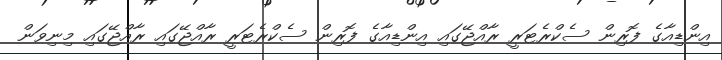
އިންޑިއާގެ ފޮރިން ސެކްރެޓަރީ ރާއްޖޭގައި އިންޑިއާގެ ފޮރިން ސެކްރެޓަރީ ރާއްޖޭގައި ރާއްޖޭގައި މިނިވަން